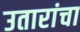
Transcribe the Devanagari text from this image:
उतारांचा